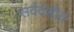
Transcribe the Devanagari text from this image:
संर्वदेशीय